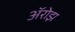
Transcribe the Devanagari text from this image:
ॲरोझ